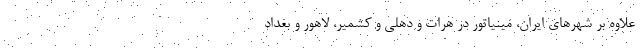
علاوه بر شهرهای ایران، مینیاتور در هرات و دهلی و کشمیر، لاهور و بغداد